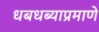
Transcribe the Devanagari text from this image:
धबधब्याप्रमाणे